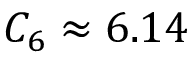
C _ { 6 } \approx 6 . 1 4